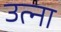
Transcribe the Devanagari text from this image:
उत्ना